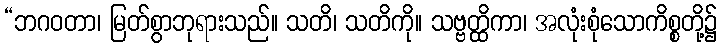
“ဘဂဝတာ၊ မြတ်စွာဘုရားသည်။ သတိ၊ သတိကို။ သဗ္ဗတ္ထိကာ၊ အလုံးစုံသောကိစ္စတို့၌